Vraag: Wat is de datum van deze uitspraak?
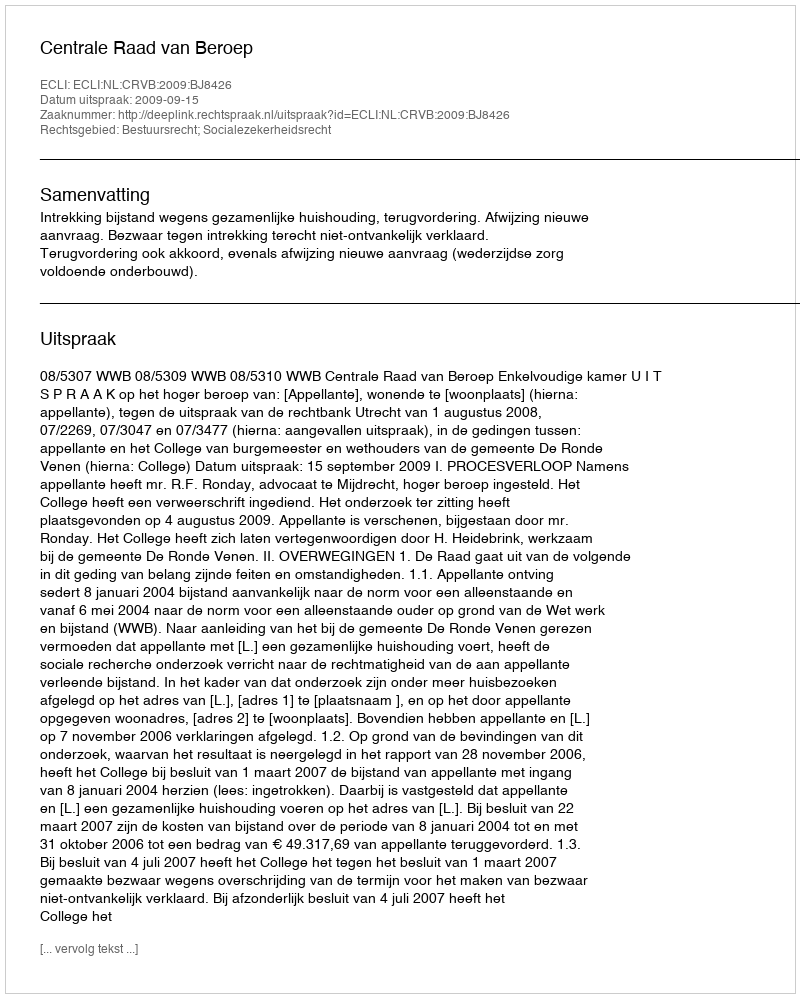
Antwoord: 2009-09-15